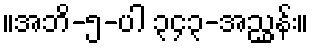
။အဘိ-၅-ပါ ၃၄၃-အညွှန်း။